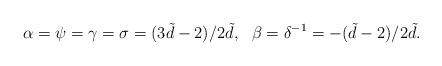
\begin{align*}\alpha=\psi=\gamma=\sigma=(3\tilde{d}-2)/2\tilde{d},\ \ \beta=\delta ^{-1}=-(\tilde{d}-2)/2\tilde{d}.\end{align*}